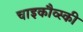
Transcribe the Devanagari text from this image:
चाइकौव्स्की